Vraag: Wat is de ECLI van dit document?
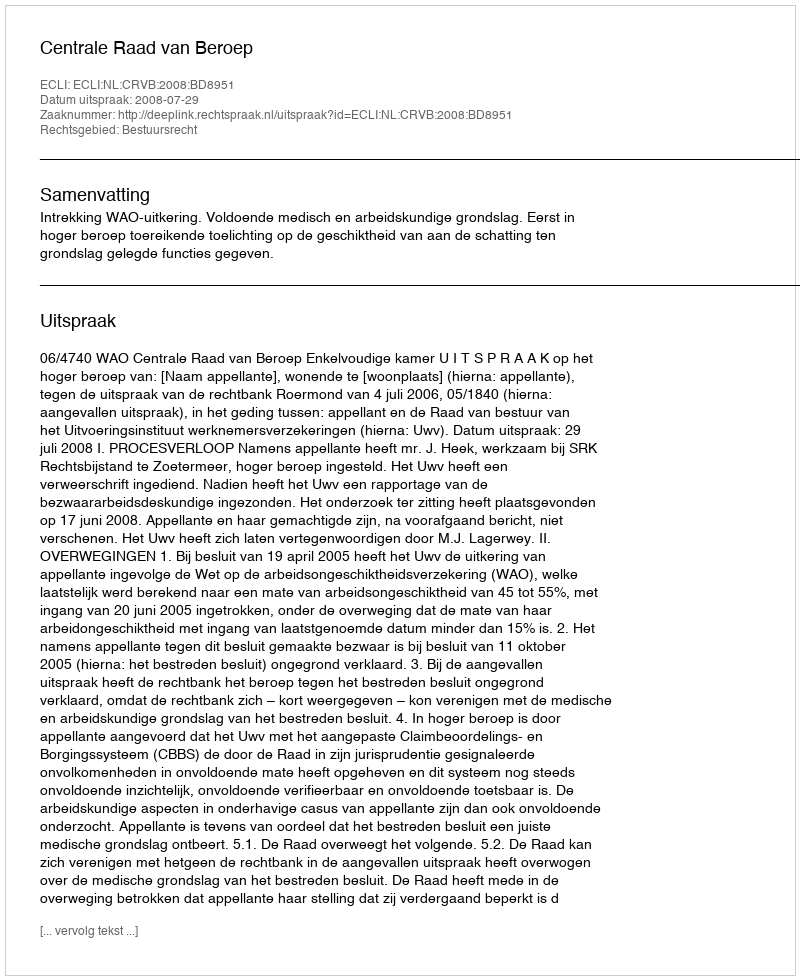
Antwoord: ECLI:NL:CRVB:2008:BD8951